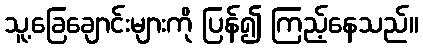
သူ့ခြေချောင်းများကို ပြန်၍ ကြည့်နေသည်။